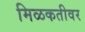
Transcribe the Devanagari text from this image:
मिळकतीवर